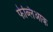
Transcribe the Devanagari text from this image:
फेब्लिआक